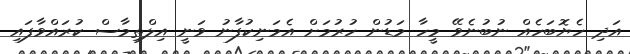
އަދި ހެޔޮބަހެއް ނުބުނެވޭ މީހާ މަޑުން ހުރުމަށް އެމަނިކުފާނު ވަނީ އިލްތިމާސް ކުރައްވާފައި